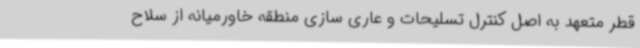
قطر متعهد به اصل کنترل تسلیحات و عاری سازی منطقه خاورمیانه از سلاح